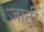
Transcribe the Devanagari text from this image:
जाटी